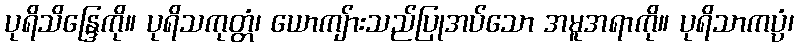
ပုရိသိန္ဒြေကို။ ပုရိသကုတ္တံ၊ ယောကျ်ားသည်ပြုအပ်သော အမူအရာကို။ ပုရိသာကပ္ပံ၊